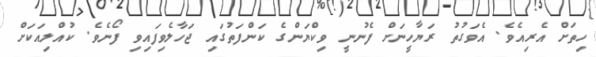
ހިތަށް އެރިއެވެ. އެވަގުތު ރަޔާހީނަށް ފެނުނީ ވިކްޔަންގެ ކަންފަތުގައި ޖަހާލެވިފައިވިި ފޯނެވެ. ކުއްލިއަކަށް